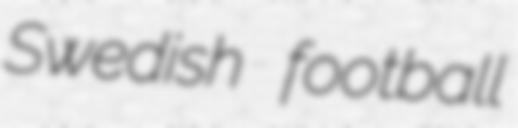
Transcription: Swedish football